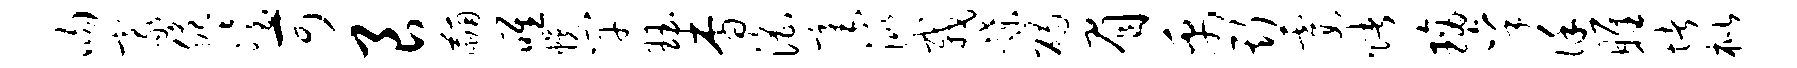
吻豪脆冶可良黼唯幌竿珏杳淫毫洮栽蹀碣眉禹斯霞赌璃秉谨雎堵枇